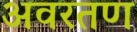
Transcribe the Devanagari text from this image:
अवरतण